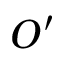
O ^ { \prime }